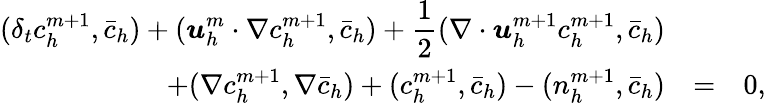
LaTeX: \begin{array}{rcl}{\displaystyle(\delta_{t}c_{h}^{m+1},\bar{c}_{h})+({\boldsymbol u}_{h}^{m}\cdot\nabla c_{h}^{m+1},\bar{c}_{h})+\frac{1}{2}(\nabla\cdot{\boldsymbol u}_{h}^{m+1}c_{h}^{m+1},\bar{c}_{h})}&&\\ {+(\nabla c_{h}^{m+1},\nabla\bar{c}_{h})+(c_{h}^{m+1},\bar{c}_{h})-(n_{h}^{m+1},\bar{c}_{h})}&{=}&{0,}\end{array}